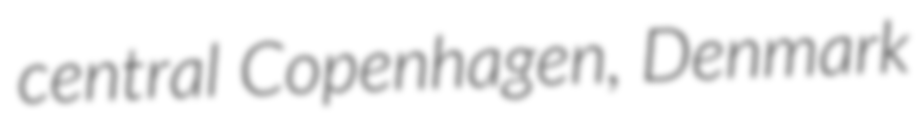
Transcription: central Copenhagen, Denmark